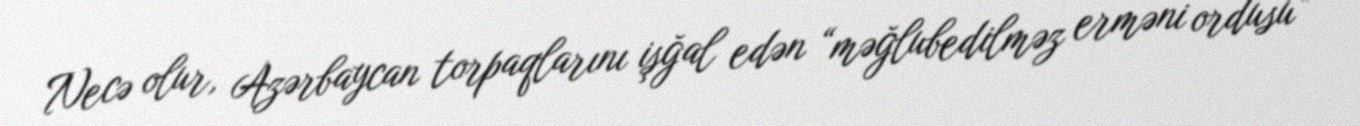
Necə olur, Azərbaycan torpaqlarını işğal edən “məğlubedilməz erməni ordusu”